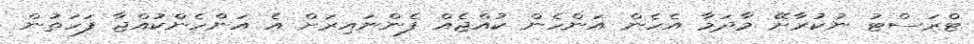
ޓްރަސްޓު ނުކުރާށޭ މާދަމާ އެހެން އަންހެން ކުއްޖެއް ފެންނައިރަށް އެ އަންހެންކުއްޖާ ފަހަތުން